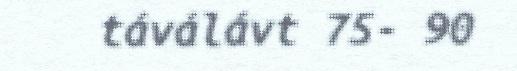
táválávt 75- 90